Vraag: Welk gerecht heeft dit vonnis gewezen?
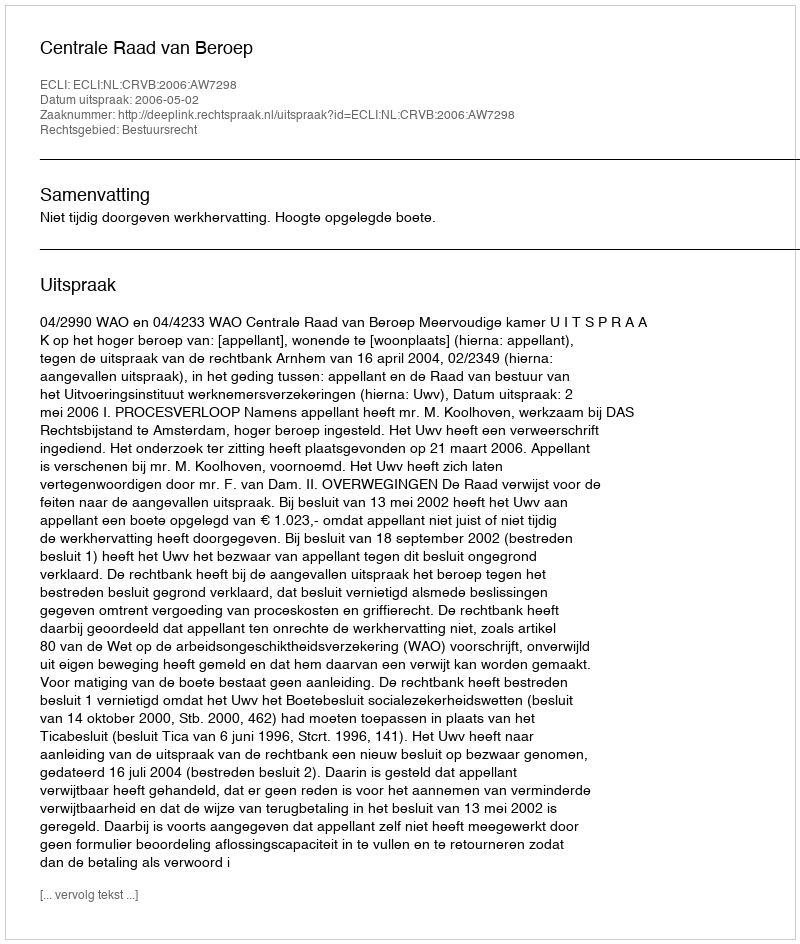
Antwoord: Centrale Raad van Beroep